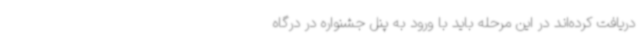
دریافت کرده‌اند در این مرحله باید با ورود به پنل جشنواره در درگاه